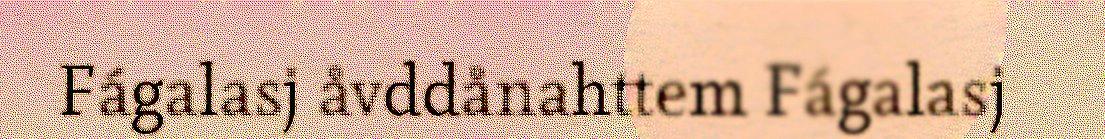
Fágalasj åvddånahttem Fágalasj